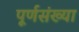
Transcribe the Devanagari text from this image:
पूर्णसंख्या